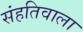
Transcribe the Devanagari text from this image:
संहतिवाला